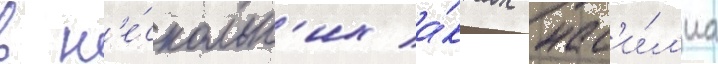
в н'е́скольк'их а́ктах нас'и́л'иа